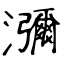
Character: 瀰